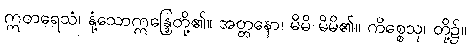
ဣတရေသံ၊ နုံ့သောဣန္ဒြေတို့၏။ အတ္တနော၊ မိမိ မိမိ၏။ ကိစ္စေသု၊ တို့၌။